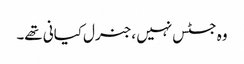
وہ جسٹس نہیں ،جنرل کیانی تھے۔